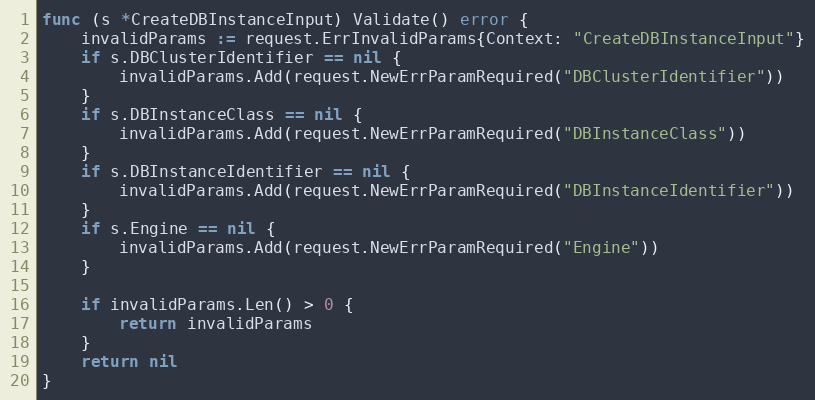
Language: Go
func (s *CreateDBInstanceInput) Validate() error {
	invalidParams := request.ErrInvalidParams{Context: "CreateDBInstanceInput"}
	if s.DBClusterIdentifier == nil {
		invalidParams.Add(request.NewErrParamRequired("DBClusterIdentifier"))
	}
	if s.DBInstanceClass == nil {
		invalidParams.Add(request.NewErrParamRequired("DBInstanceClass"))
	}
	if s.DBInstanceIdentifier == nil {
		invalidParams.Add(request.NewErrParamRequired("DBInstanceIdentifier"))
	}
	if s.Engine == nil {
		invalidParams.Add(request.NewErrParamRequired("Engine"))
	}

	if invalidParams.Len() > 0 {
		return invalidParams
	}
	return nil
}